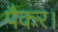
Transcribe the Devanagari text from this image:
पैकर।